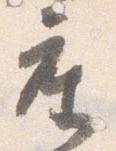
座